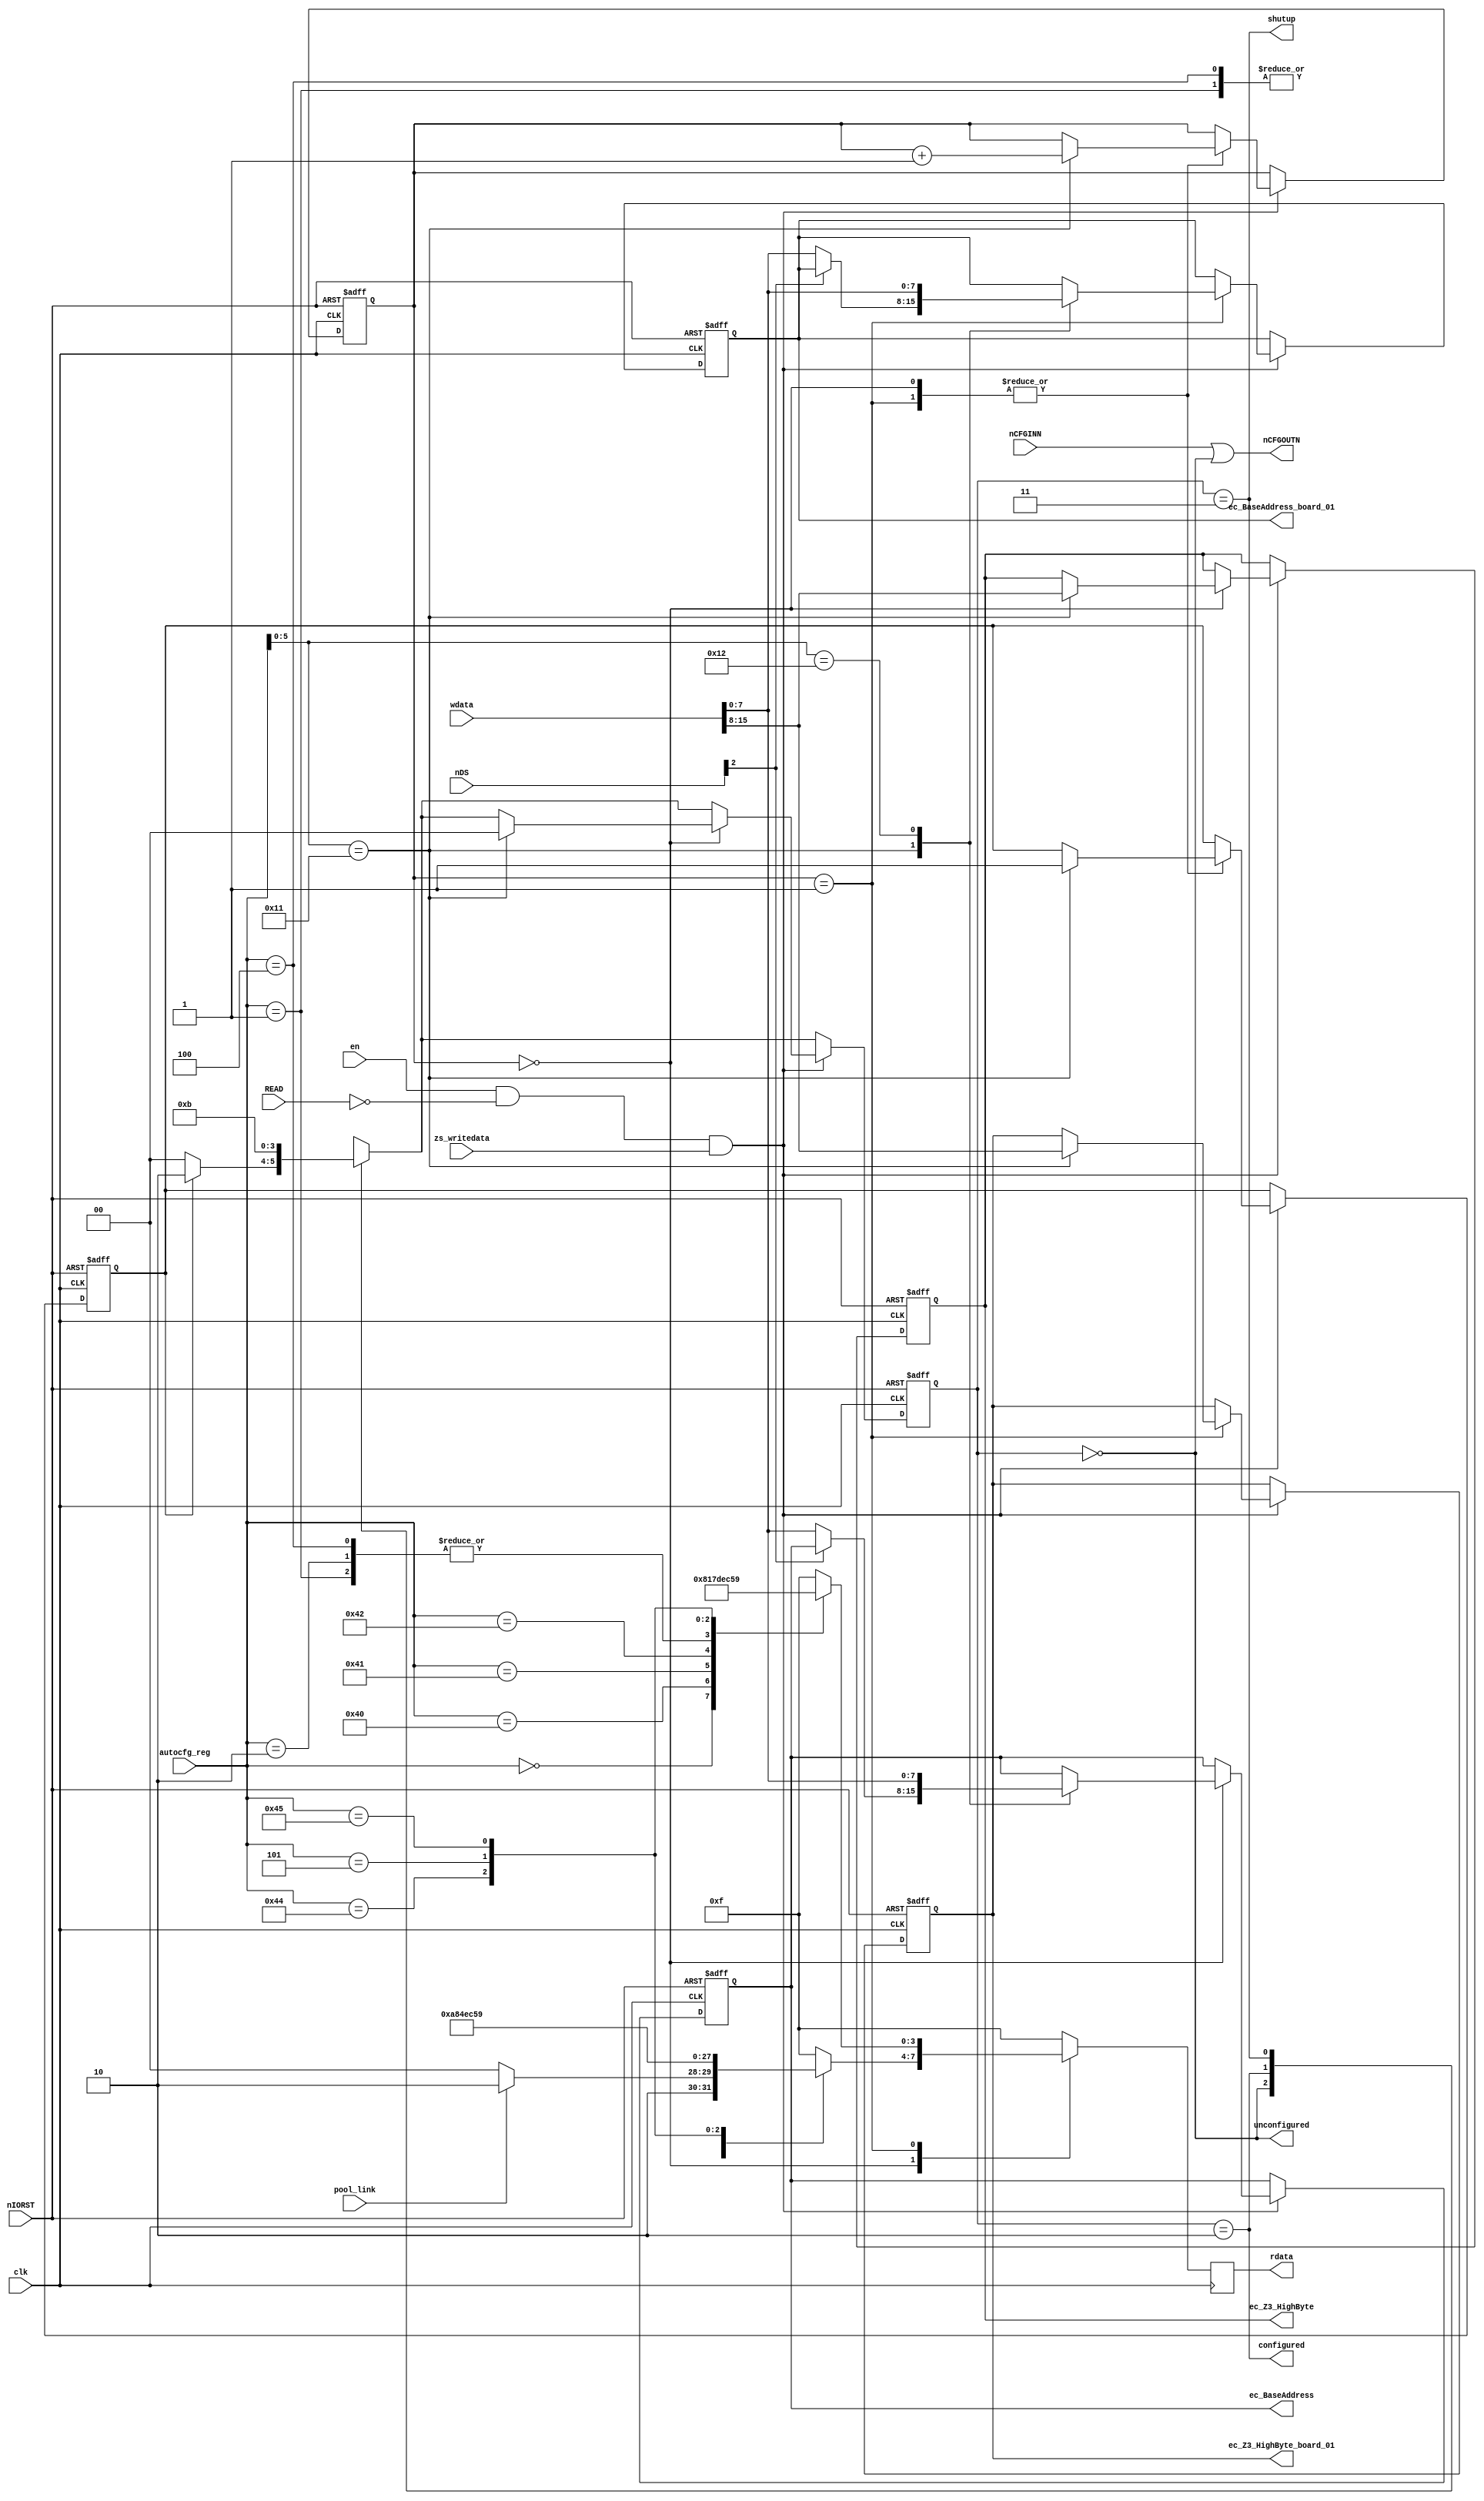
module Autoconfig (
	
	clk,
	
	zs_writedata,
	
	nIORST,
	nCFGINN,
	nCFGOUTN,
		
	READ,
	nDS,
	
	en,
	
	autocfg_reg,	// AD [8], A [7:2]
	rdata, wdata,

	
	ec_BaseAddress, ec_Z3_HighByte,
	ec_Z3_HighByte_board_01, ec_BaseAddress_board_01,
	
	unconfigured, configured, shutup,
	
	pool_link
	
);

input clk;
input zs_writedata;
input nIORST;
input nCFGINN;
output nCFGOUTN;
input READ;
input [3:0] nDS;
input en;

input [6:0] autocfg_reg;
input [15:0] wdata;
output reg [7:4] rdata;

parameter	PIC_UNCONFIGURED 		= 2'b00;
parameter	PIC_IN_PROGRESS			= 2'b01;
parameter	PIC_CONFIGURED			= 2'b10;
parameter	PIC_SHUTUP				= 2'b11;

output unconfigured 	= (Status == PIC_UNCONFIGURED);
output configured 	= (Status == PIC_CONFIGURED);
output shutup 			= (Status == PIC_SHUTUP);

input pool_link;


// AUTOCONFIG registers

// write only
output reg [7:0] ec_Z3_HighByte;			// bits 31:24
output reg [7:0] ec_BaseAddress;			// bits 23:16

output reg [7:0] ec_Z3_HighByte_board_01;			// bits 31:24
output reg [7:0] ec_BaseAddress_board_01;			// bits 23:16


reg [1:0] Status;
reg [1:0] next;

reg [1:0] board;		// up to 4 logical boards


//
// Bit values for AUTOCONFIG registers
//

//
// Register 00 (er_Type)
//
parameter	AC_PIC_TYPE_ZORROIII			= 2'b10;
parameter	AC_PIC_TYPE_ZORROII			= 2'b11;
parameter	AC_SYSTEM_POOL_NO_LINK		= 1'b0;
parameter	AC_SYSTEM_POOL_LINK			= 1'b1;
parameter	AC_AUTOBOOT_ROM				= 1'b1;
parameter	AC_NO_AUTOBOOT_ROM			= 1'b0;
parameter	AC_NEXT_BOARD_RELATED		= 1'b1;
parameter	AC_NEXT_BOARD_NOT_RELATED	= 1'b0;

parameter	AC_CONFSIZE_8M_16M			= 3'b000;
parameter	AC_CONFSIZE_64K_32M			= 3'b001;
parameter	AC_CONFSIZE_128K_64M			= 3'b010;
parameter	AC_CONFSIZE_256K_128M		= 3'b011;
parameter	AC_CONFSIZE_512K_256M		= 3'b100;
parameter	AC_CONFSIZE_1M_512M			= 3'b101;
parameter	AC_CONFSIZE_2M_1G				= 3'b110;
parameter	AC_CONFSIZE_4M_RESERVED		= 3'b111;


//
// Register 08 (er_Flags)
//
parameter	AC_MEMORY_DEVICE				= 1'b1;
parameter	AC_IO_DEVICE					= 1'b0;
parameter	AC_NO_SHUTUP					= 1'b1;
parameter	AC_SHUTUP						= 1'b0;
parameter	AC_EXTENDED_SIZE				= 1'b1;
parameter	AC_NORMAL_SIZE					= 1'b0;
parameter	AC_SUBSIZE_MATCH_PHYSICAL	= 4'b0000;
parameter	AC_SUBSIZE_AUTOSIZED			= 4'b0001;
parameter	AC_SUBSIZE_64K					= 4'b0010;
parameter	AC_SUBSIZE_128K				= 4'b0011;
parameter	AC_SUBSIZE_256K				= 4'b0100;




parameter	ER_TYPE = {
									AC_PIC_TYPE_ZORROIII, 				
									AC_SYSTEM_POOL_NO_LINK,													
									AC_NO_AUTOBOOT_ROM,									
									AC_NEXT_BOARD_RELATED,				
									//AC_CONFSIZE_64K_32M
									//AC_CONFSIZE_8M_16M
									AC_CONFSIZE_128K_64M
									//AC_CONFSIZE_256K_128M
									};


									
parameter ER_TYPE_POOL_LINK = {	AC_PIC_TYPE_ZORROIII, 
									AC_SYSTEM_POOL_LINK ,				
									AC_NO_AUTOBOOT_ROM,
									AC_NEXT_BOARD_RELATED, 
									AC_CONFSIZE_128K_64M
									};

parameter	ER_TYPE_BOARD_01 = {
									AC_PIC_TYPE_ZORROIII, 
									AC_SYSTEM_POOL_NO_LINK,
									AC_NO_AUTOBOOT_ROM,
									AC_NEXT_BOARD_NOT_RELATED, 				
									AC_CONFSIZE_64K_32M				
									};



parameter	ER_PRODUCT				= 8'h17;			// 004/104:		Product 0x17 (23 decimal)

parameter	ER_PRODUCT_BOARD_01	= 8'h18;			


parameter	ER_FLAGS			= {
									AC_MEMORY_DEVICE,
									AC_SHUTUP, 
									//AC_NORMAL_SIZE,
									AC_EXTENDED_SIZE,
									1'b1,
									AC_SUBSIZE_MATCH_PHYSICAL
									//AC_SUBSIZE_AUTOSIZED
									//AC_SUBSIZE_64K
									//AC_SUBSIZE_128K
									//AC_SUBSIZE_256K
									
									};

parameter	ER_FLAGS_BOARD_01			= {
									AC_IO_DEVICE,
									AC_SHUTUP, 
									AC_NORMAL_SIZE,
									1'b1,
									//AC_SUBSIZE_MATCH_PHYSICAL
									//AC_SUBSIZE_AUTOSIZED
									AC_SUBSIZE_64K
									//AC_SUBSIZE_128K
									//AC_SUBSIZE_256K
									};

									
									
parameter	ER_RESERVED03		= 8'b00000000;		// 00c/10c:		Reserved, must be 0

parameter	ER_MANUFACTURER_HI	= 8'h13;			// 010/110:		Manufacturer number, high byte
parameter	ER_MANUFACTURER_LO	= 8'ha6;			// 014/114:							low byte
													//				02 02 = COMMODORE

reg wrote_to_44 = 1'b0;

//
// 
//
	
//
//
//
always @(*) begin
	next = 2'bx;

	case (Status)
		PIC_UNCONFIGURED:		
			if (wrote_to_44)	
				next <= PIC_CONFIGURED;
			else				
				next <= PIC_UNCONFIGURED;
		
		PIC_CONFIGURED:			
			next <= PIC_CONFIGURED;
		
		PIC_SHUTUP:				
			next <= PIC_SHUTUP;
	endcase
end

//
// Read from Autoconfig registers
// 
always @(posedge clk) begin	
	rdata = 4'bx;
	
	//if (unconfigured) 
		case (board [1:0])		
			2'b00:	// ------- board 00 (memory) -------
			case ({autocfg_reg, 2'b00})
				9'h000: 	rdata = pool_link ? ER_TYPE_POOL_LINK [7:4] : ER_TYPE [7:4];
				9'h100: 	rdata = pool_link ? ER_TYPE_POOL_LINK [3:0] : ER_TYPE [3:0];
				
				9'h004: 	rdata = ~(ER_PRODUCT [7:4]);
				9'h104: 	rdata = ~(ER_PRODUCT [3:0]);
				
				9'h008: 	rdata = ~(ER_FLAGS [7:4]);
				9'h108: 	rdata = ~(ER_FLAGS [3:0]);

				9'h00c: 	rdata = ~(ER_RESERVED03 [7:4]);
				9'h10c: 	rdata = ~(ER_RESERVED03 [3:0]);

				9'h010: 	rdata = ~(ER_MANUFACTURER_HI [7:4]);
				9'h110: 	rdata = ~(ER_MANUFACTURER_HI [3:0]);
					
				9'h014: 	rdata = ~(ER_MANUFACTURER_LO [7:4]);
				9'h114: 	rdata = ~(ER_MANUFACTURER_LO [3:0]);					
					
				default: 	rdata = 4'b1111;					
			endcase
			
			2'b01: 	// ------- board 01 (I/O) -------
			case ({autocfg_reg, 2'b00})
				9'h000: 	rdata = ER_TYPE_BOARD_01 [7:4];
				9'h100: 	rdata = ER_TYPE_BOARD_01 [3:0];
				
				9'h004: 	rdata = ~(ER_PRODUCT_BOARD_01 [7:4]);
				9'h104: 	rdata = ~(ER_PRODUCT_BOARD_01 [3:0]);
				
				9'h008: 	rdata = ~(ER_FLAGS_BOARD_01 [7:4]);
				9'h108: 	rdata = ~(ER_FLAGS_BOARD_01 [3:0]);

				9'h00c: 	rdata = ~(ER_RESERVED03 [7:4]);
				9'h10c: 	rdata = ~(ER_RESERVED03 [3:0]);

				9'h010: 	rdata = ~(ER_MANUFACTURER_HI [7:4]);
				9'h110: 	rdata = ~(ER_MANUFACTURER_HI [3:0]);
					
				9'h014: 	rdata = ~(ER_MANUFACTURER_LO [7:4]);
				9'h114: 	rdata = ~(ER_MANUFACTURER_LO [3:0]);					
					
				default: 	rdata = 4'b1111;					
			endcase
				
			
			//2'b10: 	// ------- board 10 (reserved) -------
			//	;
			
			//2'b11: 	// ------- board 11 (reserved) -------
			//	;
			default: 	rdata = 4'b1111;								
		endcase
//	else
//		rdata = 4'b1111;
end

//
// Write to Autoconfig registers
//
always @(posedge clk or negedge nIORST) begin
	
	if (~nIORST) begin
		ec_Z3_HighByte [7:0] <= 8'h77;
		ec_BaseAddress [7:0] <= 8'h77;

		ec_Z3_HighByte_board_01 [7:0] <= 8'h77;
		ec_BaseAddress_board_01 [7:0] <= 8'h77;

		wrote_to_44 <= 1'b0;		

		Status <= PIC_UNCONFIGURED;
	
		board [1:0] <= 2'b00;
	end
	
	else begin
	
		Status <= next;
	
	
		if (en & ~READ & zs_writedata) begin	
	
		case (board [1:0])
			2'b00:
			casex ({autocfg_reg, 2'b00})
				9'hX44: begin
							ec_Z3_HighByte [7:0] <= wdata [15:8];			// 44, word access, address bits A31..A24. Actual configuration
							if (~nDS [2])
								ec_BaseAddress [7:0] <= wdata [7:0];	
							wrote_to_44 <= 1'b1;
						
							board [1:0] <= board [1:0] + 2'b01;
							
							Status <= PIC_UNCONFIGURED;	
						
					end
			
			9'hX48: 	ec_BaseAddress <= wdata [7:0];					// 48, byte access, address bits A23..A16
			endcase
		
		2'b01:
			casex ({autocfg_reg, 2'b00})
				9'hX44: begin
							ec_Z3_HighByte_board_01 [7:0] <= wdata [15:8];			// 44, word access, address bits A31..A24. Actual configuration
							if (~nDS [2])
								ec_BaseAddress_board_01 [7:0] <= wdata [7:0];	
							wrote_to_44 <= 1'b1;
						
							board [1:0] <= board [1:0] + 2'b01;
						
					end
			
			9'hX48: 	ec_BaseAddress_board_01 <= wdata [7:0];					// 48, byte access, address bits A23..A16
		endcase
		

		
		endcase
		end				
	end
end



	
//assign nCFGOUTN = !(nCFGINN & ((Status == PIC_CONFIGURED) | (Status == PIC_SHUTUP)));
assign nCFGOUTN = nCFGINN | unconfigured;

	
endmodule